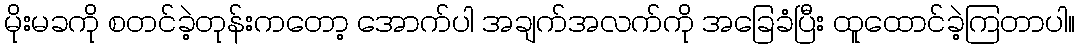
မိုးမခကို စတင်ခဲ့တုန်းကတော့ အောက်ပါ အချက်အလက်ကို အခြေခံပြီး ထူထောင်ခဲ့ကြတာပါ။